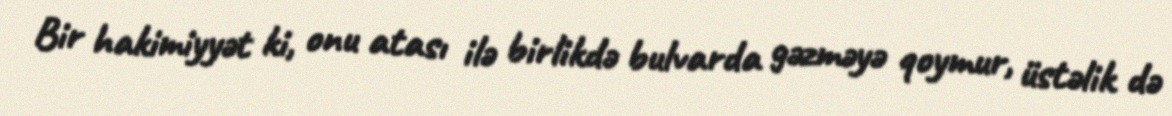
Bir hakimiyyət ki, onu atası ilə birlikdə bulvarda gəzməyə qoymur, üstəlik də